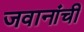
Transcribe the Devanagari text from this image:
जवानांची